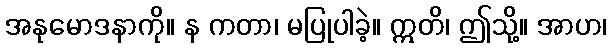
အနုမောဒနာကို။ န ကတာ၊ မပြုပါခဲ့။ ဣတိ၊ ဤသို့။ အာဟ၊